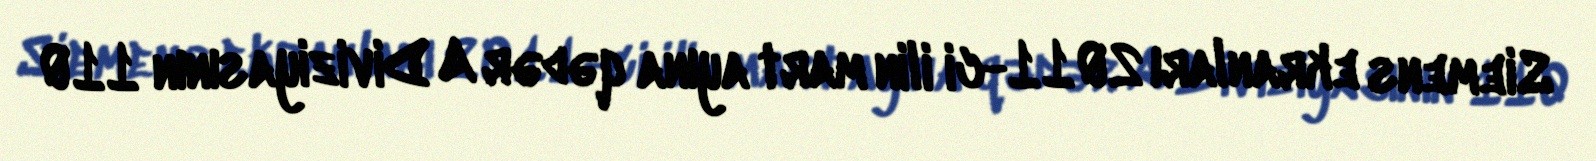
Siemens ekranları 2011-ci ilin mart ayına qədər A Diviziyasının 110